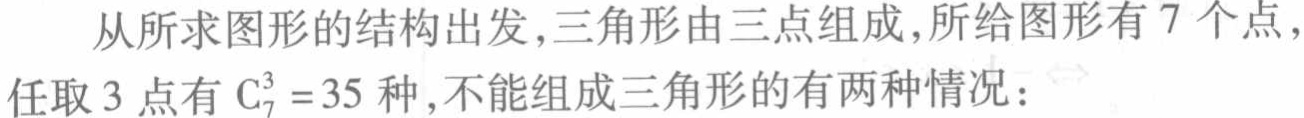
从所求图形的结构出发,三角形由三点组成,所给图形有 \(7\) 个点，任取 \(3\) 点有 \(\mathrm{C}_{7}^{3}=35\) 种,不能组成三角形的有两种情况：